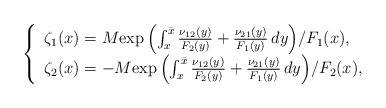
LaTeX: \begin{align*}\left\{\begin{array}{l}\zeta_1(x)=M{\exp\left(\int_x^{\bar x}\frac{\nu_{12}(y)}{F_2(y)}+\frac{\nu_{21}(y)}{F_1(y)}\,dy\right)}/{F_1(x)},\\ \zeta_2(x)=-M{\exp\left(\int_x^{\bar x}\frac{\nu_{12}(y)}{F_2(y)}+\frac{\nu_{21}(y)}{F_1(y)}\,dy\right)}/{F_2(x)},\end{array} \right.\end{align*}